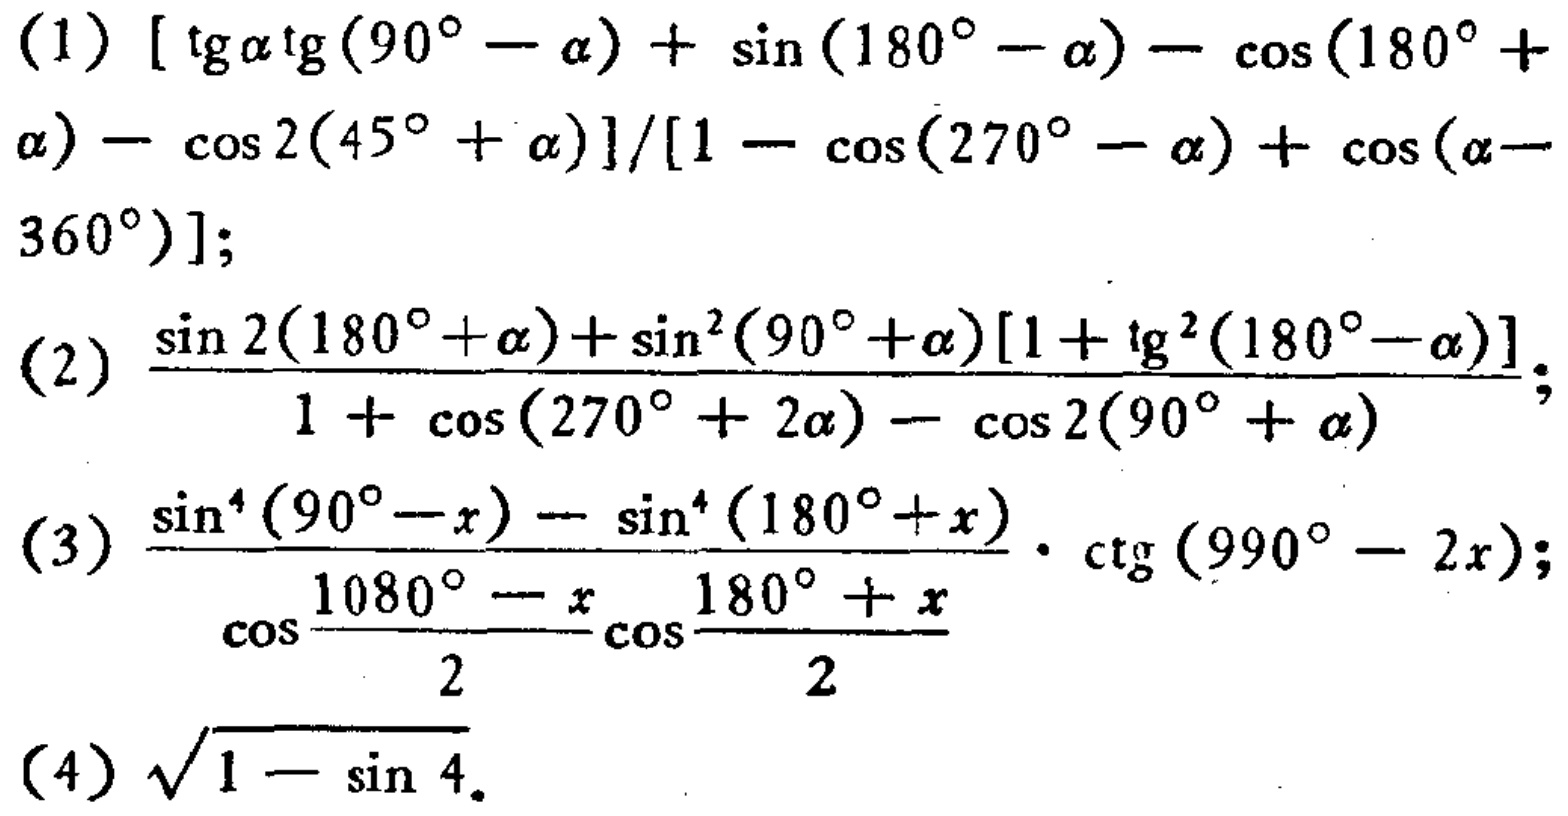
(1) \([\tan\alpha\tan(90^{\circ}-\alpha) + \sin(180^{\circ}-\alpha)-\cos(180^{\circ}+\alpha)-\cos2(45^{\circ}+\alpha)]/[1 - \cos(270^{\circ}-\alpha)+\cos(\alpha - 360^{\circ})]\);

(2) \(\frac{\sin2(180^{\circ}+\alpha)+\sin^{2}(90^{\circ}+\alpha)[1+\tan^{2}(180^{\circ}-\alpha)]}{1 + \cos(270^{\circ}+2\alpha)-\cos2(90^{\circ}+\alpha)}\);

(3) \(\frac{\sin^{4}(90^{\circ}-x)-\sin^{4}(180^{\circ}+x)}{\cos\frac{1080^{\circ}-x}{2}\cos\frac{180^{\circ}+x}{2}}\cdot\cot(990^{\circ}-2x)\);

(4) \(\sqrt{1 - \sin4}\)